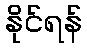
နိုင်ရန်